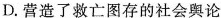
D.营造了救亡图存的社会舆论